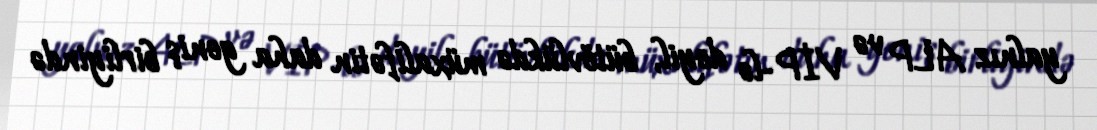
yalnız ALP və VİP-lə deyil, bütövlükdə müxalifətin daha geniş birliyində